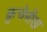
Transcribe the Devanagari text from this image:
क्रुचेनीख